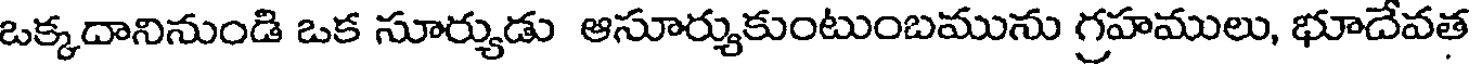
ఒక్కదానినుండి ఒక సూర్యుడు ఆసూర్యుకుంటుంబమును గ్రహములు, భూదేవత